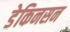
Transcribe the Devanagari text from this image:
डेकिनसन